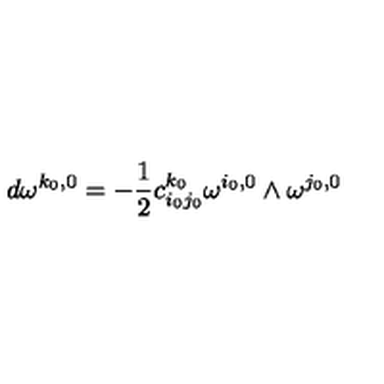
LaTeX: d \omega ^ { k _ { 0 } , 0 } = - \frac { 1 } { 2 } c _ { i _ { 0 } j _ { 0 } } ^ { k _ { 0 } } \omega ^ { i _ { 0 } , 0 } \wedge \omega ^ { j _ { 0 } , 0 }